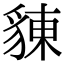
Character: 𧳣